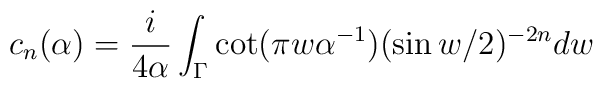
c_n(\alpha)={i \over 4\alpha}\int_{\Gamma}\cot(\pi w\alpha^{-1})(\sin w/2)^{-2n} dw